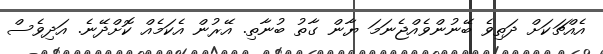
އެއްޗަކަށް ދަތިވެ ބޭނުންވެއްޖެނަމަ ޔާން ގާތު ބުނާތި. އޭރުން އެކަމެއް ކޮށްދޭނެ. އަދިވެސް